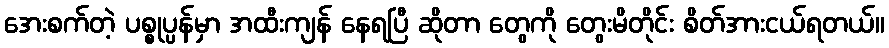
အေးစက်တဲ့ ပစ္စုပ္ပန်မှာ အထီးကျန် နေရပြီ ဆိုတာ တွေကို တွေးမိတိုင်း စိတ်အားငယ်ရတယ်။